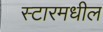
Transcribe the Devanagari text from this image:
स्टारमधील